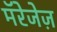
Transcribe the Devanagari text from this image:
मॅरेजेज़